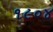
૧૯૦૪